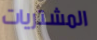
المشتريات